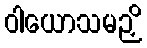
ဝါယောသမဉှိ